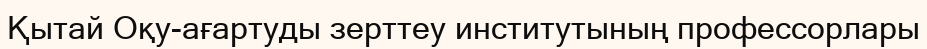
Қытай Оқу-ағартуды зерттеу институтының профессорлары